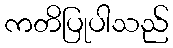
ကတိပြုပါသည်